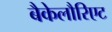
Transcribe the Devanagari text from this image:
बैकेलौरिएट